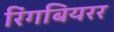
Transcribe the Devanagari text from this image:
रिंगबियरर